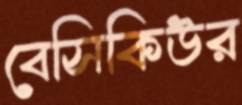
বেসিকিউর